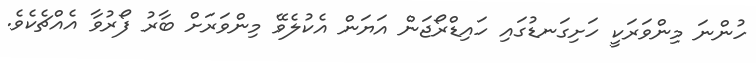
ހުންނަ މިންވަރަކީ ހަށިގަނޑުގައި ހައިޑްރޯޖަން އަޔަން އެކުލެވޭ މިންވަރަށް ބާރު ފޯރުވާ އެއްޗެކެވެ.